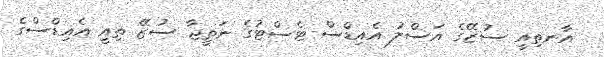
އާނތިއީ ސުޒޭގެ އަސްލު އެއިޑްސް ޓެސްޓުގެ ނަތީޖާ ސުޒޭ ތިއީ އެއިޑްސްގެ